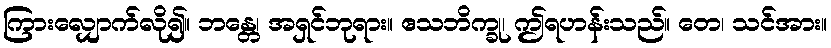
ကြားလျှောက်လို၍။ ဘန္တေ၊ အရှင်ဘုရား။ ဧသဘိက္ခု၊ ဤရဟန်းသည်။ တေ၊ သင်အား။